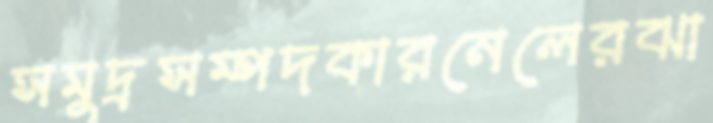
সমুদ্রসম্পদকারনেলেরঝা